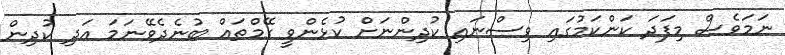
ނަމަވެސް މިފަދަ ކަންކަމުގައި ވިސްނައި ކުދިންނަށް ކުޅެންވީ ގޭމްތައް ބުނެދެވޭނަމަ އަދި ކުދިން